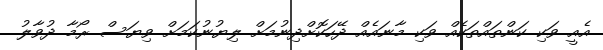
އެއީ ވަކި ކަންތައްތަކެއް ވަކި މާނައެއް ދޭހަކޮށްދިނުމަށް ލިޔުނުކަމަށް ވިޔަސް ރޯމާ ދުވާލު